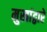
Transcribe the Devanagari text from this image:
मुखांद्वारे